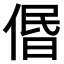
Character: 𠊽